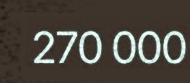
270 000